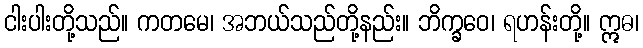
ငါးပါးတို့သည်။ ကတမေ၊ အဘယ်သည်တို့နည်း။ ဘိက္ခဝေ၊ ရဟန်းတို့။ ဣဓ၊